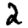
Digit: 2